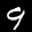
Label: 9